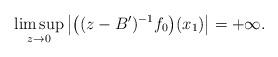
LaTeX: \begin{align*}\limsup\limits_{z\rightarrow 0}\big|\big((z-B')^{-1}f_0\big)(x_1)\big|=+\infty.\end{align*}